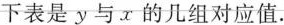
下表是y与x的几组对应值。